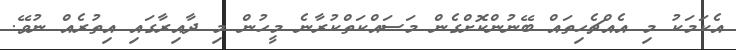
އެކަމަކު މި އެއްޗެހިތައް ބޭނުންކޮށްގެން މަސައްކަތްކުރާނެ މީހުން މި ދާއިރާގައި އިތުރެއް ނުވޭ.